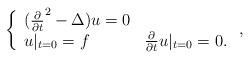
LaTeX: \begin{align*} \left\{ \begin{array}{ll} (\frac{\partial}{\partial t}^2 - \Delta ) u = 0& \\u|_{t=0} = f & \frac{\partial}{\partial t} u |_{t=0} = 0.\end{array}\right.,\end{align*}